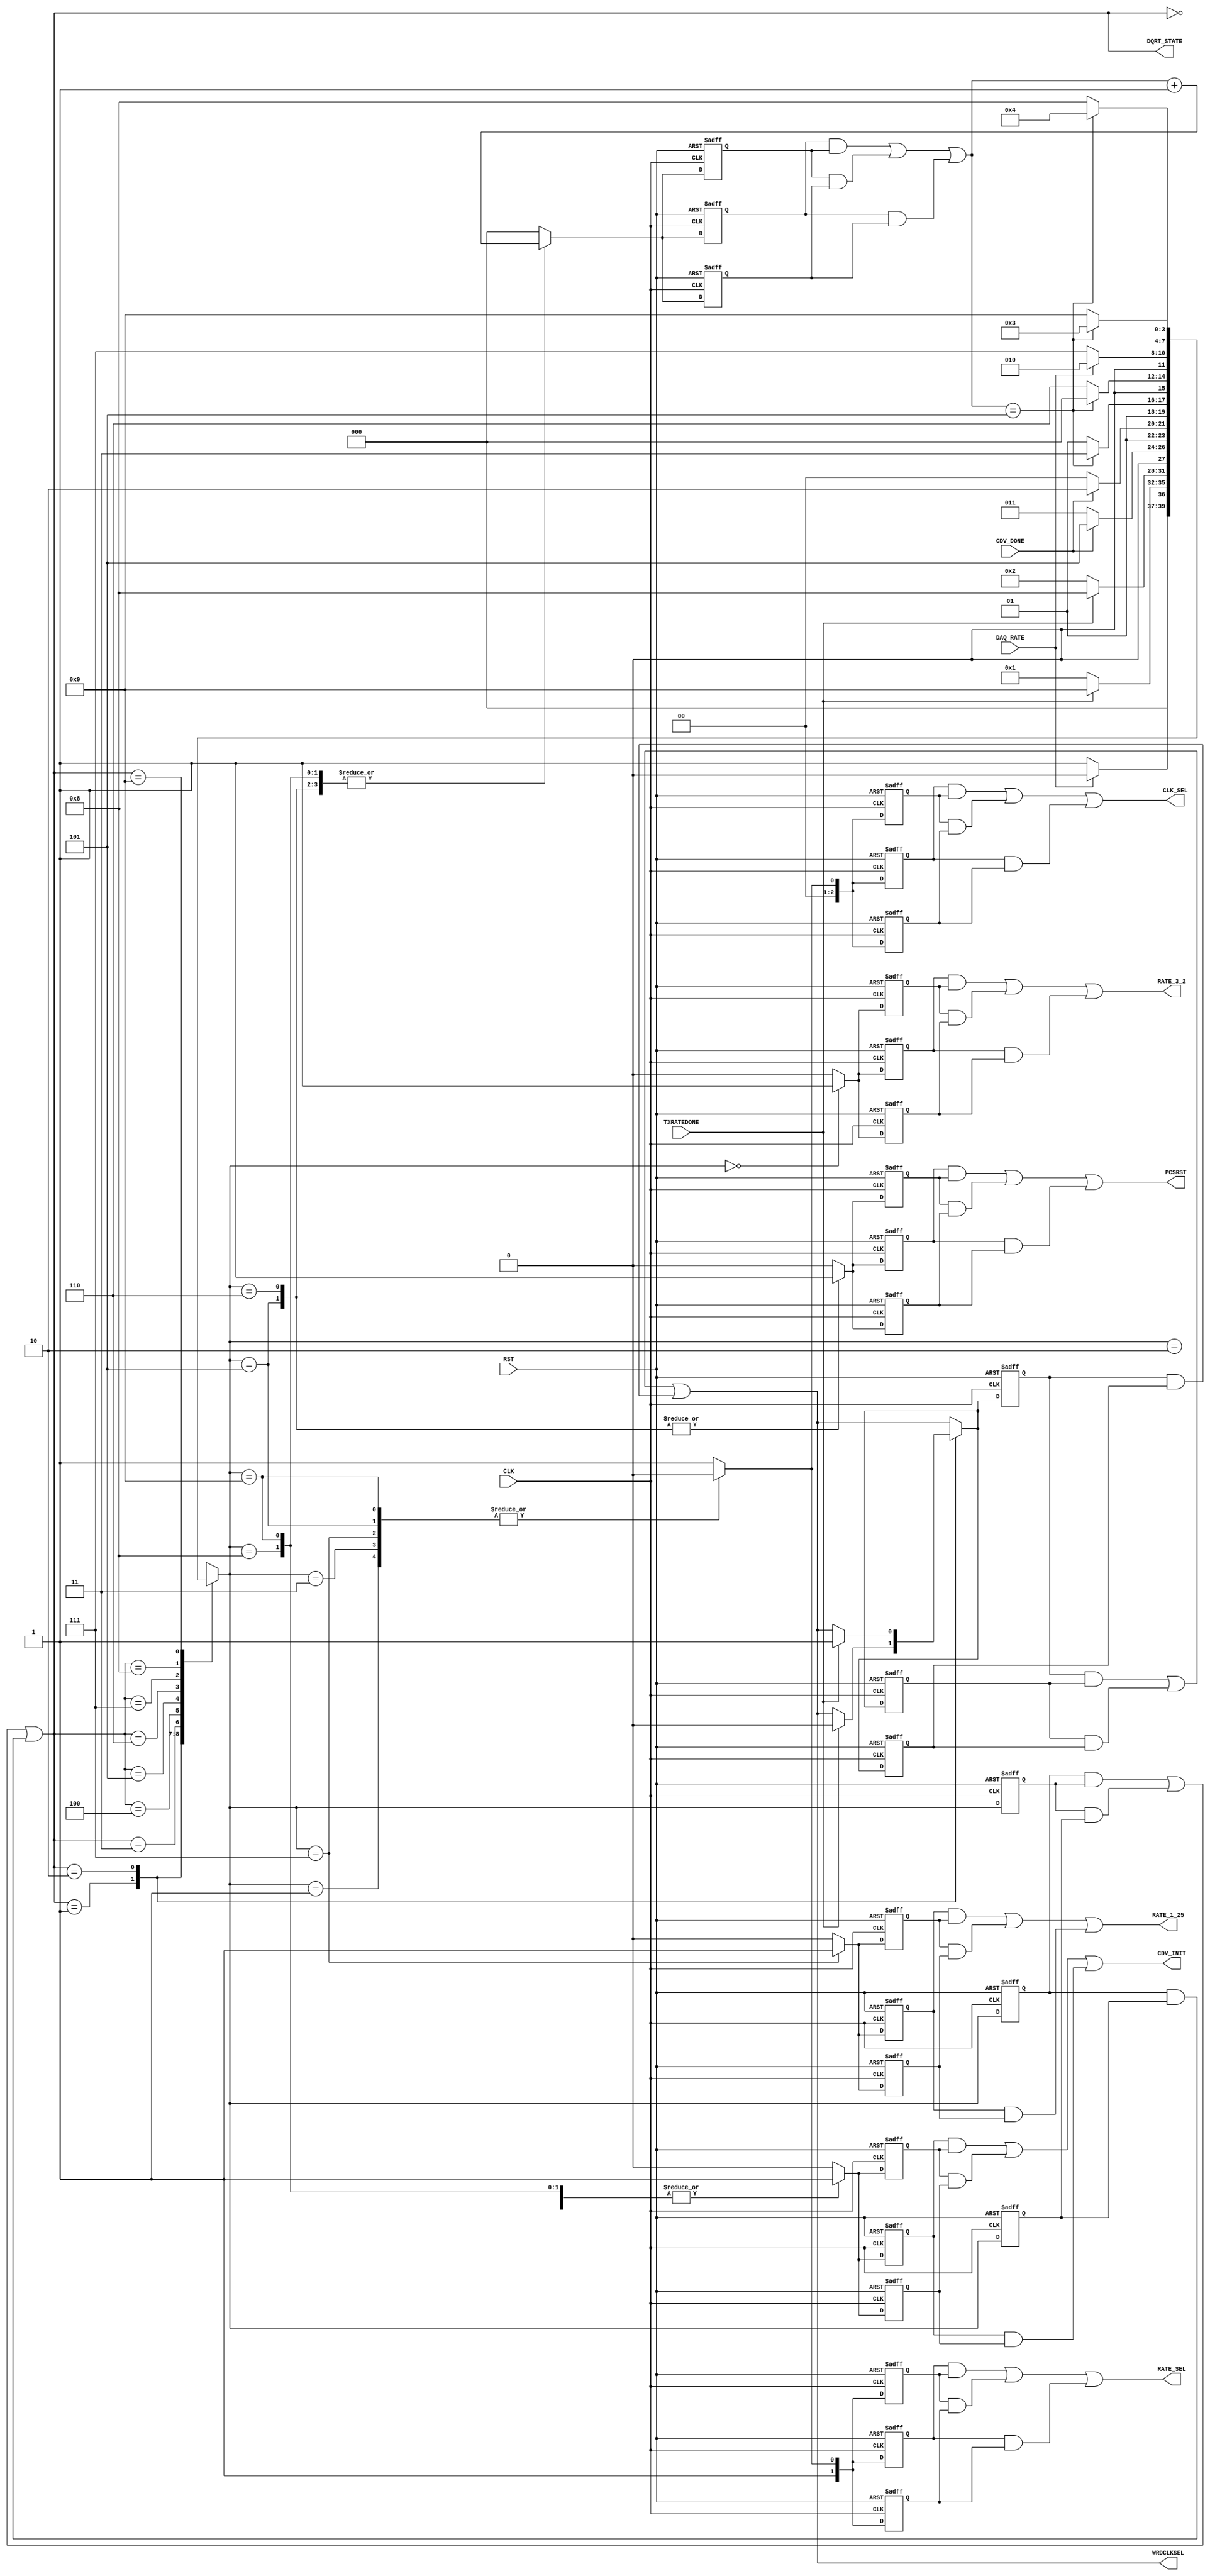
module DAQ_Rate_Sel_FSM_TMR (
  output CDV_INIT,
  output wire [2:0] CLK_SEL,
  output PCSRST,
  output RATE_1_25,
  output RATE_3_2,
  output wire [1:0] RATE_SEL,
  output WRDCLKSEL,
  output wire [3:0] DQRT_STATE,
  input CDV_DONE,
  input CLK,
  input DAQ_RATE,
  input RST,
  input TXRATEDONE 
);

  // state bits
  parameter 
  ST_3_2_GBPS  = 4'b0000, 
  RefClk125    = 4'b0001, 
  RefClk160    = 4'b0010, 
  RstClkDiv125 = 4'b0011, 
  RstClkDiv160 = 4'b0100, 
  RstPCS125    = 4'b0101, 
  RstPCS160    = 4'b0110, 
  ST_1_25_GBPS = 4'b0111, 
  WrdClk160    = 4'b1000, 
  WrdClk62_5   = 4'b1001; 

  (* syn_preserve = "true" *) reg [3:0] state_1;
  (* syn_preserve = "true" *) reg [3:0] state_2;
  (* syn_preserve = "true" *) reg [3:0] state_3;

  (* syn_keep = "true" *) wire [3:0] voted_state_1;
  (* syn_keep = "true" *) wire [3:0] voted_state_2;
  (* syn_keep = "true" *) wire [3:0] voted_state_3;

  assign voted_state_1           = (state_1     & state_2    ) | (state_2     & state_3    ) | (state_1     & state_3    ); // Majority logic
  assign voted_state_2           = (state_1     & state_2    ) | (state_2     & state_3    ) | (state_1     & state_3    ); // Majority logic
  assign voted_state_3           = (state_1     & state_2    ) | (state_2     & state_3    ) | (state_1     & state_3    ); // Majority logic

  assign DQRT_STATE = voted_state_1;

  (* syn_keep = "true" *) reg [3:0] nextstate_1;
  (* syn_keep = "true" *) reg [3:0] nextstate_2;
  (* syn_keep = "true" *) reg [3:0] nextstate_3;

  (* syn_preserve = "true" *)  reg CDV_INIT_1;
  (* syn_preserve = "true" *)  reg CDV_INIT_2;
  (* syn_preserve = "true" *)  reg CDV_INIT_3;
  (* syn_preserve = "true" *)  reg [2:0] CLK_SEL_1;
  (* syn_preserve = "true" *)  reg [2:0] CLK_SEL_2;
  (* syn_preserve = "true" *)  reg [2:0] CLK_SEL_3;
  (* syn_preserve = "true" *)  reg PCSRST_1;
  (* syn_preserve = "true" *)  reg PCSRST_2;
  (* syn_preserve = "true" *)  reg PCSRST_3;
  (* syn_preserve = "true" *)  reg RATE_1_25_1;
  (* syn_preserve = "true" *)  reg RATE_1_25_2;
  (* syn_preserve = "true" *)  reg RATE_1_25_3;
  (* syn_preserve = "true" *)  reg RATE_3_2_1;
  (* syn_preserve = "true" *)  reg RATE_3_2_2;
  (* syn_preserve = "true" *)  reg RATE_3_2_3;
  (* syn_preserve = "true" *)  reg [1:0] RATE_SEL_1;
  (* syn_preserve = "true" *)  reg [1:0] RATE_SEL_2;
  (* syn_preserve = "true" *)  reg [1:0] RATE_SEL_3;
  (* syn_preserve = "true" *)  reg WRDCLKSEL_1;
  (* syn_preserve = "true" *)  reg WRDCLKSEL_2;
  (* syn_preserve = "true" *)  reg WRDCLKSEL_3;
  (* syn_keep = "true" *)      wire voted_WRDCLKSEL_1;
  (* syn_keep = "true" *)      wire voted_WRDCLKSEL_2;
  (* syn_keep = "true" *)      wire voted_WRDCLKSEL_3;
  (* syn_preserve = "true" *)  reg [2:0] cnt_1;
  (* syn_preserve = "true" *)  reg [2:0] cnt_2;
  (* syn_preserve = "true" *)  reg [2:0] cnt_3;
  (* syn_keep = "true" *)      wire [2:0] voted_cnt_1;
  (* syn_keep = "true" *)      wire [2:0] voted_cnt_2;
  (* syn_keep = "true" *)      wire [2:0] voted_cnt_3;
  (* syn_keep = "true" *)      reg next_WRDCLKSEL_1;
  (* syn_keep = "true" *)      reg next_WRDCLKSEL_2;
  (* syn_keep = "true" *)      reg next_WRDCLKSEL_3;

  // Assignment of outputs and flags to voted majority logic of replicated registers
  assign CDV_INIT        = (CDV_INIT_1  & CDV_INIT_2 ) | (CDV_INIT_2  & CDV_INIT_3 ) | (CDV_INIT_1  & CDV_INIT_3 ); // Majority logic
  assign CLK_SEL         = (CLK_SEL_1   & CLK_SEL_2  ) | (CLK_SEL_2   & CLK_SEL_3  ) | (CLK_SEL_1   & CLK_SEL_3  ); // Majority logic
  assign PCSRST          = (PCSRST_1    & PCSRST_2   ) | (PCSRST_2    & PCSRST_3   ) | (PCSRST_1    & PCSRST_3   ); // Majority logic
  assign RATE_1_25       = (RATE_1_25_1 & RATE_1_25_2) | (RATE_1_25_2 & RATE_1_25_3) | (RATE_1_25_1 & RATE_1_25_3); // Majority logic
  assign RATE_3_2        = (RATE_3_2_1  & RATE_3_2_2 ) | (RATE_3_2_2  & RATE_3_2_3 ) | (RATE_3_2_1  & RATE_3_2_3 ); // Majority logic
  assign RATE_SEL        = (RATE_SEL_1  & RATE_SEL_2 ) | (RATE_SEL_2  & RATE_SEL_3 ) | (RATE_SEL_1  & RATE_SEL_3 ); // Majority logic
  assign voted_WRDCLKSEL_1       = (WRDCLKSEL_1 & WRDCLKSEL_2) | (WRDCLKSEL_2 & WRDCLKSEL_3) | (WRDCLKSEL_1 & WRDCLKSEL_3); // Majority logic
  assign voted_WRDCLKSEL_2       = (WRDCLKSEL_1 & WRDCLKSEL_2) | (WRDCLKSEL_2 & WRDCLKSEL_3) | (WRDCLKSEL_1 & WRDCLKSEL_3); // Majority logic
  assign voted_WRDCLKSEL_3       = (WRDCLKSEL_1 & WRDCLKSEL_2) | (WRDCLKSEL_2 & WRDCLKSEL_3) | (WRDCLKSEL_1 & WRDCLKSEL_3); // Majority logic
  assign WRDCLKSEL = voted_WRDCLKSEL_1;
  assign voted_cnt_1             = (cnt_1       & cnt_2      ) | (cnt_2       & cnt_3      ) | (cnt_1       & cnt_3      ); // Majority logic
  assign voted_cnt_2             = (cnt_1       & cnt_2      ) | (cnt_2       & cnt_3      ) | (cnt_1       & cnt_3      ); // Majority logic
  assign voted_cnt_3             = (cnt_1       & cnt_2      ) | (cnt_2       & cnt_3      ) | (cnt_1       & cnt_3      ); // Majority logic

  // Assignment of error detection logic to replicated signals

  // comb always block
  always @* begin
    nextstate_1 = 4'bxxxx; // default to x because default_state_is_x is set
    nextstate_2 = 4'bxxxx; // default to x because default_state_is_x is set
    nextstate_3 = 4'bxxxx; // default to x because default_state_is_x is set
    next_WRDCLKSEL_1 = voted_WRDCLKSEL_1;
    next_WRDCLKSEL_2 = voted_WRDCLKSEL_2;
    next_WRDCLKSEL_3 = voted_WRDCLKSEL_3;
    case (voted_state_1)
      ST_3_2_GBPS : if (!DAQ_RATE)            nextstate_1 = RefClk125;
                    else                      nextstate_1 = ST_3_2_GBPS;
      RefClk125   : begin
        if             (TXRATEDONE) begin
                                              nextstate_1 = WrdClk62_5;
                                              next_WRDCLKSEL_1 = 0;
        end
        else                                  nextstate_1 = RefClk125;
      end
      RefClk160   : begin
        if             (TXRATEDONE) begin
                                              nextstate_1 = WrdClk160;
                                              next_WRDCLKSEL_1 = 1;
        end
        else                                  nextstate_1 = RefClk160;
      end
      RstClkDiv125: if (CDV_DONE)             nextstate_1 = RstPCS125;
                    else                      nextstate_1 = RstClkDiv125;
      RstClkDiv160: if (CDV_DONE)             nextstate_1 = RstPCS160;
                    else                      nextstate_1 = RstClkDiv160;
      RstPCS125   : if (voted_cnt_1 == 3'd5)  nextstate_1 = ST_1_25_GBPS;
                    else                      nextstate_1 = RstPCS125;
      RstPCS160   : if (voted_cnt_1 == 3'd5)  nextstate_1 = ST_3_2_GBPS;
                    else                      nextstate_1 = RstPCS160;
      ST_1_25_GBPS: if (DAQ_RATE)             nextstate_1 = RefClk160;
                    else                      nextstate_1 = ST_1_25_GBPS;
      WrdClk160   : if (voted_cnt_1 == 3'd5)  nextstate_1 = RstClkDiv160;
                    else                      nextstate_1 = WrdClk160;
      WrdClk62_5  : if (voted_cnt_1 == 3'd5)  nextstate_1 = RstClkDiv125;
                    else                      nextstate_1 = WrdClk62_5;
    endcase
    case (voted_state_2)
      ST_3_2_GBPS : if (!DAQ_RATE)            nextstate_2 = RefClk125;
                    else                      nextstate_2 = ST_3_2_GBPS;
      RefClk125   : begin
        if             (TXRATEDONE) begin
                                              nextstate_2 = WrdClk62_5;
                                              next_WRDCLKSEL_2 = 0;
        end
        else                                  nextstate_2 = RefClk125;
      end
      RefClk160   : begin
        if             (TXRATEDONE) begin
                                              nextstate_2 = WrdClk160;
                                              next_WRDCLKSEL_2 = 1;
        end
        else                                  nextstate_2 = RefClk160;
      end
      RstClkDiv125: if (CDV_DONE)             nextstate_2 = RstPCS125;
                    else                      nextstate_2 = RstClkDiv125;
      RstClkDiv160: if (CDV_DONE)             nextstate_2 = RstPCS160;
                    else                      nextstate_2 = RstClkDiv160;
      RstPCS125   : if (voted_cnt_2 == 3'd5)  nextstate_2 = ST_1_25_GBPS;
                    else                      nextstate_2 = RstPCS125;
      RstPCS160   : if (voted_cnt_2 == 3'd5)  nextstate_2 = ST_3_2_GBPS;
                    else                      nextstate_2 = RstPCS160;
      ST_1_25_GBPS: if (DAQ_RATE)             nextstate_2 = RefClk160;
                    else                      nextstate_2 = ST_1_25_GBPS;
      WrdClk160   : if (voted_cnt_2 == 3'd5)  nextstate_2 = RstClkDiv160;
                    else                      nextstate_2 = WrdClk160;
      WrdClk62_5  : if (voted_cnt_2 == 3'd5)  nextstate_2 = RstClkDiv125;
                    else                      nextstate_2 = WrdClk62_5;
    endcase
    case (voted_state_3)
      ST_3_2_GBPS : if (!DAQ_RATE)            nextstate_3 = RefClk125;
                    else                      nextstate_3 = ST_3_2_GBPS;
      RefClk125   : begin
        if             (TXRATEDONE) begin
                                              nextstate_3 = WrdClk62_5;
                                              next_WRDCLKSEL_3 = 0;
        end
        else                                  nextstate_3 = RefClk125;
      end
      RefClk160   : begin
        if             (TXRATEDONE) begin
                                              nextstate_3 = WrdClk160;
                                              next_WRDCLKSEL_3 = 1;
        end
        else                                  nextstate_3 = RefClk160;
      end
      RstClkDiv125: if (CDV_DONE)             nextstate_3 = RstPCS125;
                    else                      nextstate_3 = RstClkDiv125;
      RstClkDiv160: if (CDV_DONE)             nextstate_3 = RstPCS160;
                    else                      nextstate_3 = RstClkDiv160;
      RstPCS125   : if (voted_cnt_3 == 3'd5)  nextstate_3 = ST_1_25_GBPS;
                    else                      nextstate_3 = RstPCS125;
      RstPCS160   : if (voted_cnt_3 == 3'd5)  nextstate_3 = ST_3_2_GBPS;
                    else                      nextstate_3 = RstPCS160;
      ST_1_25_GBPS: if (DAQ_RATE)             nextstate_3 = RefClk160;
                    else                      nextstate_3 = ST_1_25_GBPS;
      WrdClk160   : if (voted_cnt_3 == 3'd5)  nextstate_3 = RstClkDiv160;
                    else                      nextstate_3 = WrdClk160;
      WrdClk62_5  : if (voted_cnt_3 == 3'd5)  nextstate_3 = RstClkDiv125;
                    else                      nextstate_3 = WrdClk62_5;
    endcase
  end

  // Assign reg'd outputs to state bits

  // sequential always block
  always @(posedge CLK or posedge RST) begin
    if (RST) begin
      state_1 <= ST_3_2_GBPS;
      state_2 <= ST_3_2_GBPS;
      state_3 <= ST_3_2_GBPS;
      WRDCLKSEL_1 <= 1;
      WRDCLKSEL_2 <= 1;
      WRDCLKSEL_3 <= 1;
    end
    else begin
      state_1 <= nextstate_1;
      state_2 <= nextstate_2;
      state_3 <= nextstate_3;
      WRDCLKSEL_1 <= next_WRDCLKSEL_1;
      WRDCLKSEL_2 <= next_WRDCLKSEL_2;
      WRDCLKSEL_3 <= next_WRDCLKSEL_3;
    end
  end

  // datapath sequential always block
  always @(posedge CLK or posedge RST) begin
    if (RST) begin
      CDV_INIT_1 <= 0;
      CDV_INIT_2 <= 0;
      CDV_INIT_3 <= 0;
      CLK_SEL_1 <= 3'b001;
      CLK_SEL_2 <= 3'b001;
      CLK_SEL_3 <= 3'b001;
      PCSRST_1 <= 0;
      PCSRST_2 <= 0;
      PCSRST_3 <= 0;
      RATE_1_25_1 <= 0;
      RATE_1_25_2 <= 0;
      RATE_1_25_3 <= 0;
      RATE_3_2_1 <= 0;
      RATE_3_2_2 <= 0;
      RATE_3_2_3 <= 0;
      RATE_SEL_1 <= 2'b11;
      RATE_SEL_2 <= 2'b11;
      RATE_SEL_3 <= 2'b11;
      cnt_1 <= 3'h0;
      cnt_2 <= 3'h0;
      cnt_3 <= 3'h0;
    end
    else begin
      CDV_INIT_1 <= 0; // default
      CDV_INIT_2 <= 0; // default
      CDV_INIT_3 <= 0; // default
      CLK_SEL_1 <= 3'b001; // default
      CLK_SEL_2 <= 3'b001; // default
      CLK_SEL_3 <= 3'b001; // default
      PCSRST_1 <= 0; // default
      PCSRST_2 <= 0; // default
      PCSRST_3 <= 0; // default
      RATE_1_25_1 <= 0; // default
      RATE_1_25_2 <= 0; // default
      RATE_1_25_3 <= 0; // default
      RATE_3_2_1 <= 0; // default
      RATE_3_2_2 <= 0; // default
      RATE_3_2_3 <= 0; // default
      RATE_SEL_1 <= 2'b11; // default
      RATE_SEL_2 <= 2'b11; // default
      RATE_SEL_3 <= 2'b11; // default
      cnt_1 <= 3'h0; // default
      cnt_2 <= 3'h0; // default
      cnt_3 <= 3'h0; // default
      case (nextstate_1)
        ST_3_2_GBPS :        RATE_3_2_1 <= 1;
        RefClk125   : begin
                             CDV_INIT_1 <= 1;
                             CLK_SEL_1 <= 3'b000;
                             RATE_SEL_1 <= 2'b10;
        end
        RefClk160   :        CDV_INIT_1 <= 1;
        RstClkDiv125: begin
                             CLK_SEL_1 <= 3'b000;
                             RATE_SEL_1 <= 2'b10;
        end
        RstPCS125   : begin
                             CLK_SEL_1 <= 3'b000;
                             PCSRST_1 <= 1;
                             RATE_SEL_1 <= 2'b10;
                             cnt_1 <= voted_cnt_1 + 1;
        end
        RstPCS160   : begin
                             PCSRST_1 <= 1;
                             cnt_1 <= voted_cnt_1 + 1;
        end
        ST_1_25_GBPS: begin
                             CLK_SEL_1 <= 3'b000;
                             RATE_1_25_1 <= 1;
                             RATE_SEL_1 <= 2'b10;
        end
        WrdClk160   : begin
                             CDV_INIT_1 <= 1;
                             cnt_1 <= voted_cnt_1 + 1;
        end
        WrdClk62_5  : begin
                             CDV_INIT_1 <= 1;
                             CLK_SEL_1 <= 3'b0000;
                             RATE_SEL_1 <= 2'b10;
                             cnt_1 <= voted_cnt_1 + 1;
        end
      endcase
      case (nextstate_2)
        ST_3_2_GBPS :        RATE_3_2_2 <= 1;
        RefClk125   : begin
                             CDV_INIT_2 <= 1;
                             CLK_SEL_2 <= 3'b000;
                             RATE_SEL_2 <= 2'b10;
        end
        RefClk160   :        CDV_INIT_2 <= 1;
        RstClkDiv125: begin
                             CLK_SEL_2 <= 3'b000;
                             RATE_SEL_2 <= 2'b10;
        end
        RstPCS125   : begin
                             CLK_SEL_2 <= 3'b000;
                             PCSRST_2 <= 1;
                             RATE_SEL_2 <= 2'b10;
                             cnt_2 <= voted_cnt_2 + 1;
        end
        RstPCS160   : begin
                             PCSRST_2 <= 1;
                             cnt_2 <= voted_cnt_2 + 1;
        end
        ST_1_25_GBPS: begin
                             CLK_SEL_2 <= 3'b000;
                             RATE_1_25_2 <= 1;
                             RATE_SEL_2 <= 2'b10;
        end
        WrdClk160   : begin
                             CDV_INIT_2 <= 1;
                             cnt_2 <= voted_cnt_2 + 1;
        end
        WrdClk62_5  : begin
                             CDV_INIT_2 <= 1;
                             CLK_SEL_2 <= 3'b0000;
                             RATE_SEL_2 <= 2'b10;
                             cnt_2 <= voted_cnt_2 + 1;
        end
      endcase
      case (nextstate_3)
        ST_3_2_GBPS :        RATE_3_2_3 <= 1;
        RefClk125   : begin
                             CDV_INIT_3 <= 1;
                             CLK_SEL_3 <= 3'b000;
                             RATE_SEL_3 <= 2'b10;
        end
        RefClk160   :        CDV_INIT_3 <= 1;
        RstClkDiv125: begin
                             CLK_SEL_3 <= 3'b000;
                             RATE_SEL_3 <= 2'b10;
        end
        RstPCS125   : begin
                             CLK_SEL_3 <= 3'b000;
                             PCSRST_3 <= 1;
                             RATE_SEL_3 <= 2'b10;
                             cnt_3 <= voted_cnt_3 + 1;
        end
        RstPCS160   : begin
                             PCSRST_3 <= 1;
                             cnt_3 <= voted_cnt_3 + 1;
        end
        ST_1_25_GBPS: begin
                             CLK_SEL_3 <= 3'b000;
                             RATE_1_25_3 <= 1;
                             RATE_SEL_3 <= 2'b10;
        end
        WrdClk160   : begin
                             CDV_INIT_3 <= 1;
                             cnt_3 <= voted_cnt_3 + 1;
        end
        WrdClk62_5  : begin
                             CDV_INIT_3 <= 1;
                             CLK_SEL_3 <= 3'b0000;
                             RATE_SEL_3 <= 2'b10;
                             cnt_3 <= voted_cnt_3 + 1;
        end
      endcase
    end
  end

  // This code allows you to see state names in simulation
  `ifndef SYNTHESIS
  reg [95:0] statename;
  always @* begin
    case (state_1)
      ST_3_2_GBPS : statename = "ST_3_2_GBPS";
      RefClk125   : statename = "RefClk125";
      RefClk160   : statename = "RefClk160";
      RstClkDiv125: statename = "RstClkDiv125";
      RstClkDiv160: statename = "RstClkDiv160";
      RstPCS125   : statename = "RstPCS125";
      RstPCS160   : statename = "RstPCS160";
      ST_1_25_GBPS: statename = "ST_1_25_GBPS";
      WrdClk160   : statename = "WrdClk160";
      WrdClk62_5  : statename = "WrdClk62_5";
      default     : statename = "XXXXXXXXXXXX";
    endcase
  end
  `endif

endmodule